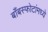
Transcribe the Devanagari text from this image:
बाँबस्फोटांमध्ये